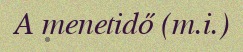
A menetidő (m.i.)